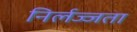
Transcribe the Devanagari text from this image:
निर्लज्जता